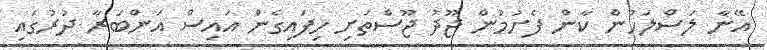
އޭނާ ލަސްލަހުން ކާން ފެށުމުން ޖޫދު ޖޫސްތަށި ހިފައިގެން އައިސް އަންބަރާ ދުރުގައި